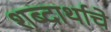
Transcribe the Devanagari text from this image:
शब्दार्थाचे